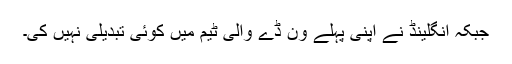
جبکہ انگلینڈ نے اپنی پہلے وَن ڈے والی ٹیم میں کوئی تبدیلی نہیں کی۔